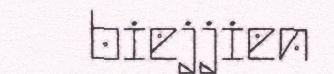
biejjien